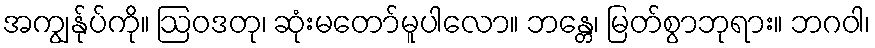
အကျွန်ုပ်ကို။ ဩဝဒတု၊ ဆုံးမတော်မူပါလော။ ဘန္တေ၊ မြတ်စွာဘုရား။ ဘဂဝါ၊